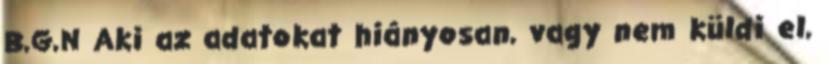
B,G,N Aki az adatokat hiányosan, vagy nem küldi el,